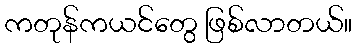
ကတုန်ကယင်တွေ ဖြစ်လာတယ်။